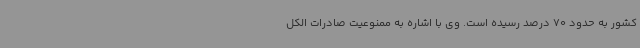
کشور به حدود 70 درصد رسیده است. وی با اشاره به ممنوعیت صادرات الکل